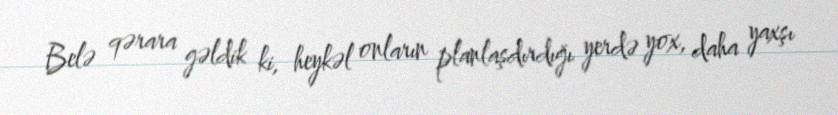
Belə qərara gəldik ki, heykəl onların planlaşdırdığı yerdə yox, daha yaxşı